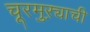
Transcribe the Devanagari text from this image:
चूरमुऱ्याची